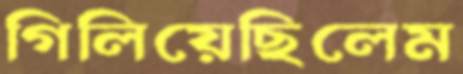
গিলিয়েছিলেম